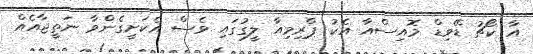
އާ ކޯޗު ޑޭވިޑް މޮއިސްއާ އެކު ޕްރިމިއާ ލީގުގައި ވެސް އެކަށީގެންވާ ނަތީޖާއެއް